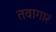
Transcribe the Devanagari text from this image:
तवागारं